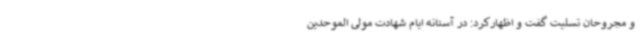
و مجروحان تسلیت گفت و اظهارکرد: در آستانه ایام شهادت مولی الموحدین